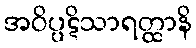
အဝိပ္ပဋိသာရတ္ထာနိ